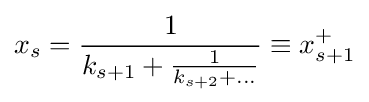
x_{s}={\frac {1}{k_{s+1}+{\frac {1}{k_{s+2}+\dots }}}}\equiv x_{s+1}^{+}